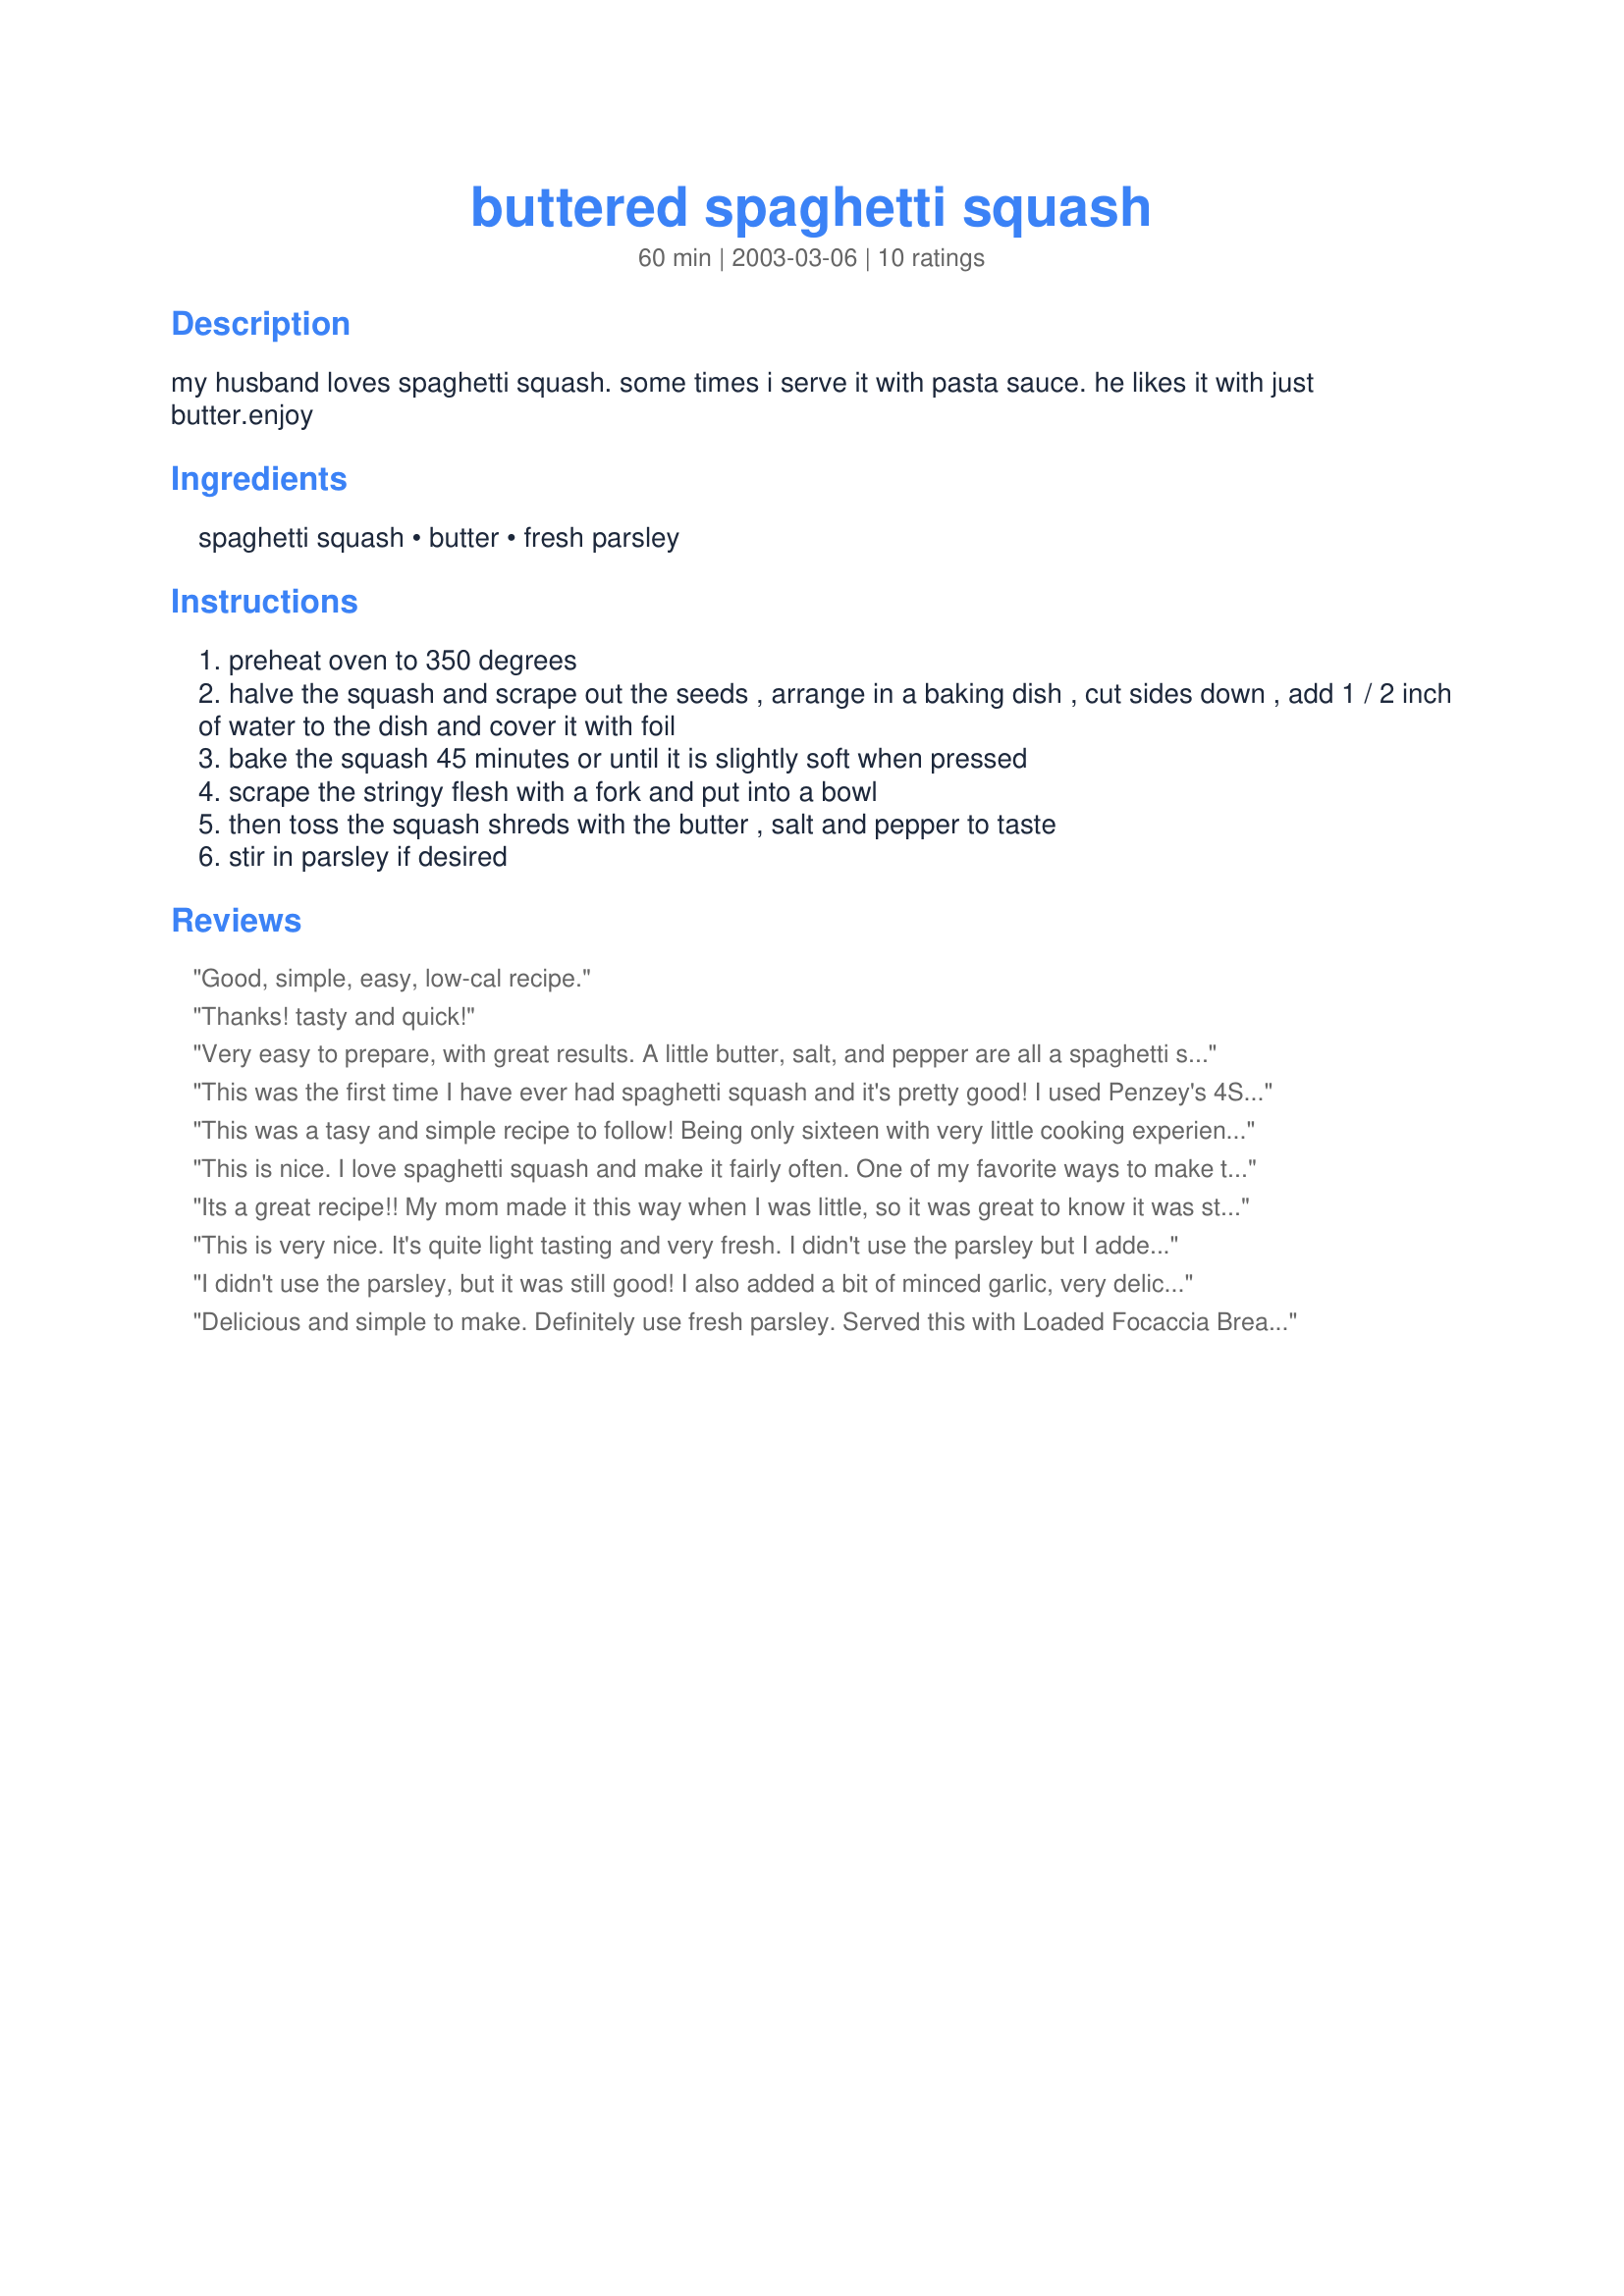
buttered spaghetti squash
Preparation time: 60 minutes

my husband loves spaghetti squash. some times i serve it with pasta sauce. he likes it with just butter.enjoy

Ingredients:
spaghetti squash, butter, fresh parsley

Steps:
preheat oven to 350 degrees
halve the squash and scrape out the seeds , arrange in a baking dish , cut sides down , add 1 / 2 inch of water to the dish and cover it with foil
bake the squash 45 minutes or until it is slightly soft when pressed
scrape the stringy flesh with a fork and put into a bowl
then toss the squash shreds with the butter , salt and pepper to taste
stir in parsley if desired

Reviews:
Good, simple, easy, low-cal recipe.
Thanks! tasty and quick!
Very easy to prepare, with great results. A little butter, salt, and pepper are all a spaghetti squash really needs to be perfect (the butter is a must!) Thanks, Barb!
This was the first time I have ever had spaghetti squash and it's pretty good! I used Penzey's 4S seasoning salt instead of the salt and pepper. Nice and easy recipe.
This was a tasy and simple recipe to follow! Being only sixteen with very little cooking experience, this was a great turnout. thanks!
This is nice. I love spaghetti squash and make it fairly often. One of my favorite ways to make this recipe is with the addition of about 3 tablespoons of honey and some garlic powder to taste. I leave out the parsley with those changes, but it worked well in this recipe. Thanks..
Its a great recipe!! My mom made it this way when I was little, so it was great to know it was still being used and so simple and delicious.
This is very nice. It's quite light tasting and very fresh. I didn't use the parsley but I added a bit of salt for extra flavouring. It makes a very nice side dish. Thank you for a very good recipe!
I didn't use the parsley, but it was still good! I also added a bit of minced garlic, very delicious. This was a nice simple addition to our meal. I will definitely make this again!
Delicious and simple to make. Definitely use fresh parsley. Served this with <a href="/123849">Loaded Focaccia Bread</a>. Garnished with salt and freshly cracked black pepper.
